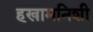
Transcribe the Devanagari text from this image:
हखामनिशी